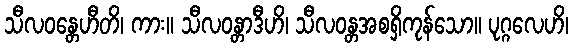
သီလဝန္တေဟီတိ၊ ကား။ သီလဝန္တာဒီဟိ၊ သီလဝန္တအစရှိကုန်သော။ ပုဂ္ဂလေဟိ၊